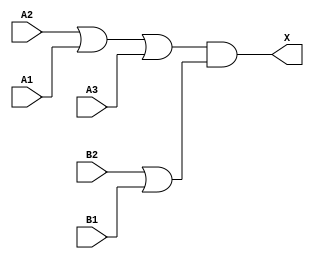
module sky130_fd_sc_ls__o32a (
    X ,
    A1,
    A2,
    A3,
    B1,
    B2
);

    // Module ports
    output X ;
    input  A1;
    input  A2;
    input  A3;
    input  B1;
    input  B2;

    // Module supplies
    supply1 VPWR;
    supply0 VGND;
    supply1 VPB ;
    supply0 VNB ;

    // Local signals
    wire or0_out   ;
    wire or1_out   ;
    wire and0_out_X;

    //  Name  Output      Other arguments
    or  or0  (or0_out   , A2, A1, A3      );
    or  or1  (or1_out   , B2, B1          );
    and and0 (and0_out_X, or0_out, or1_out);
    buf buf0 (X         , and0_out_X      );

endmodule